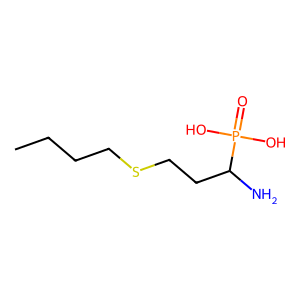
SMILES: CCCCSCCC(N)P(=O)(O)O
Inhibits HIV replication: No